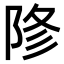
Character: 𨹲